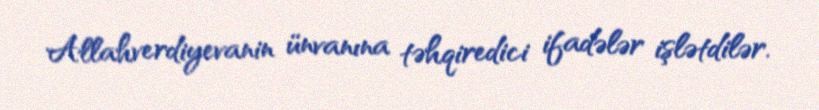
Allahverdiyevanin ünvanına təhqiredici ifadələr işlətdilər.